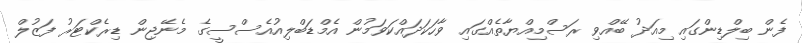
ފެން ބިލްޑިންގައި މިއަދު ބޭއްވި ރަސްމިއްޔާތެއްގައި ވާހަކަދައްކަވަމުން އެމްޑަބްލިއުއެސްސީގެ މެނޭޖިން ޑިރެކްޓަރު ފަޒުލް